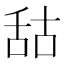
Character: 𦧒